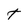
Character: t